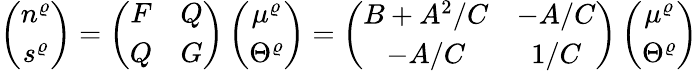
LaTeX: \left(\begin{array}{c}{{n^{\varrho}}}\\ {{s^{\varrho}}}\end{array}\right)=\left(\begin{array}{cc}{{F}}&{{Q}}\\ {{Q}}&{{G}}\end{array}\right)\left(\begin{array}{c}{{\mu^{\varrho}}}\\ {{\Theta^{\varrho}}}\end{array}\right)=\left(\begin{array}{cc}{{B+A^{2}/C}}&{{-A/C}}\\ {{-A/C}}&{{1/C}}\end{array}\right)\left(\begin{array}{c}{{\mu^{\varrho}}}\\ {{\Theta^{\varrho}}}\end{array}\right)